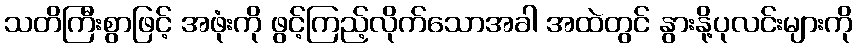
သတိကြီးစွာဖြင့် အဖုံးကို ဖွင့်ကြည့်လိုက်သောအခါ အထဲတွင် နွားနို့ပုလင်းများကို